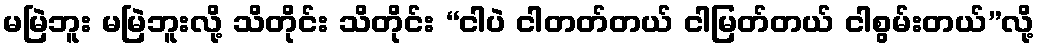
မမြဲဘူး မမြဲဘူးလို့ သိတိုင်း သိတိုင်း “ငါပဲ ငါတတ်တယ် ငါမြတ်တယ် ငါစွမ်းတယ်”လို့